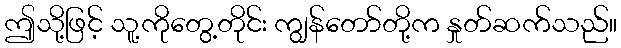
ဤသို့ဖြင့် သူ့ကိုတွေ့တိုင်း ကျွန်တော်တို့က နှုတ်ဆက်သည်။